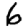
Digit: 6